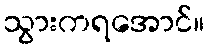
သွားကရအောင်။